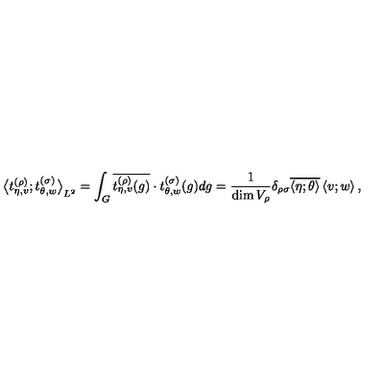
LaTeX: { \bigl < t _ { \eta , v } ^ { ( \rho ) } ; t _ { \theta , w } ^ { ( \sigma ) } \bigr > } _ { L ^ { 2 } } = \int _ { G } \overline { { t _ { \eta , v } ^ { ( \rho ) } ( g ) } } \cdot t _ { \theta , w } ^ { ( \sigma ) } ( g ) d g = \frac { 1 } { \dim V _ { \rho } } \delta _ { \rho \sigma } \overline { { \left< \eta ; \theta \right> } } \left< v ; w \right> ,